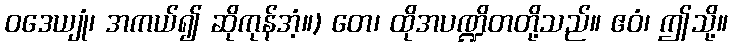
ဝဒေယျုံ၊ အကယ်၍ ဆိုကုန်အံ့။) တေ၊ ထိုအပဏ္ဍိတတို့သည်။ ဧဝံ၊ ဤသို့။